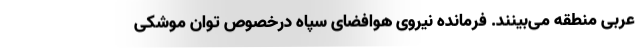
عربی منطقه می‌بینند. فرمانده نیروی هوافضای سپاه درخصوص توان موشکی